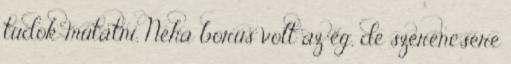
tudok mutatni. Néha borús volt az ég, de szerencsére